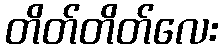
တိတ်တိတ်လေး